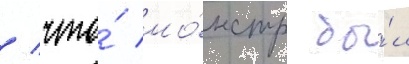
/ что́ мо́нстр бы́л